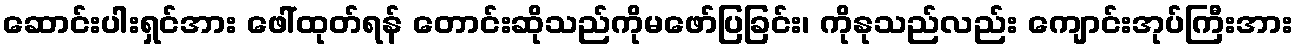
ဆောင်းပါးရှင်အား ဖေါ်ထုတ်ရန် တောင်းဆိုသည်ကိုမဖော်ပြခြင်း၊ ကိုနုသည်လည်း ကျောင်းအုပ်ကြီးအား